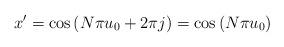
LaTeX: \begin{align*} x' = \cos\left(N\pi u_{0}+2\pi j\right) = \cos\left(N\pi u_{0}\right)\end{align*}